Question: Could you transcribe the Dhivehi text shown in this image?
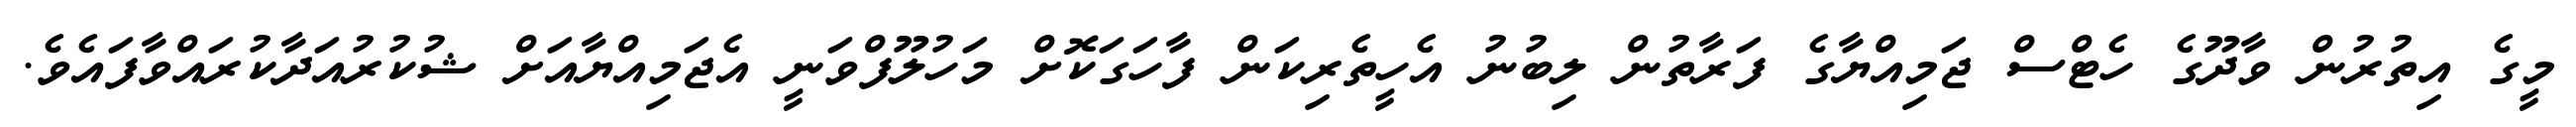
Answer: މީގެ އިތުރުން ވާދޫގެ ހެޓްސް ޖަމިއްޔާގެ ފަރާތުން ލިބުނު އެހީތެރިކަން ފާހަގަކޮށް މަހުލޫފްވަނީ އެޖަމިއްޔާއަށް ޝުކުރުއަދާކުރައްވާފައެވެ.